Source: Handwritten
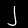
Digit: ၂ (2)